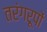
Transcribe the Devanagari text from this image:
तरंगरूपों